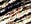
وابنتي